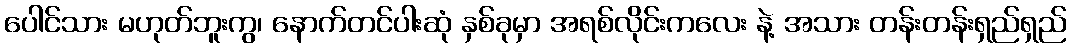
ပေါင်သား မဟုတ်ဘူးကွ၊ နောက်တင်ပါးဆုံ နှစ်ခုမှာ အရစ်လိုင်းကလေး နဲ့ အသား တန်းတန်းရှည်ရှည်